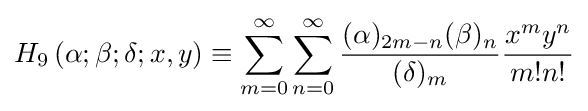
H_{9}\left(\alpha ;\beta ;\delta ;x,y\right)\equiv \sum _{m=0}^{\infty }\sum _{n=0}^{\infty }{\frac {(\alpha )_{2m-n}(\beta )_{n}}{(\delta )_{m}}}{\frac {x^{m}y^{n}}{m!n!}}